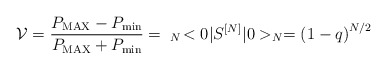
\begin{align*}{\cal V} = \frac{P_{\rm MAX} - P_{\rm min}}{P_{\rm MAX} + P_{\rm min}} = \;_N \! <0\vert S^{[N]} \vert 0>_N = \left(1 - q \right)^{N/2} \end{align*}